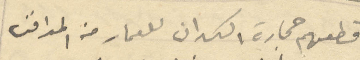
قطعهم حجارة الكدان للعمار من المدافن